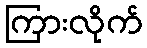
ကြားလိုက်